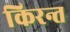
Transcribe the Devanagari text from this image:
किरन्त